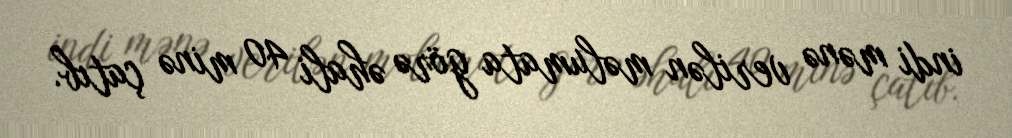
indi mənə verilən məlumata görə əhali 40 minə çatıb.